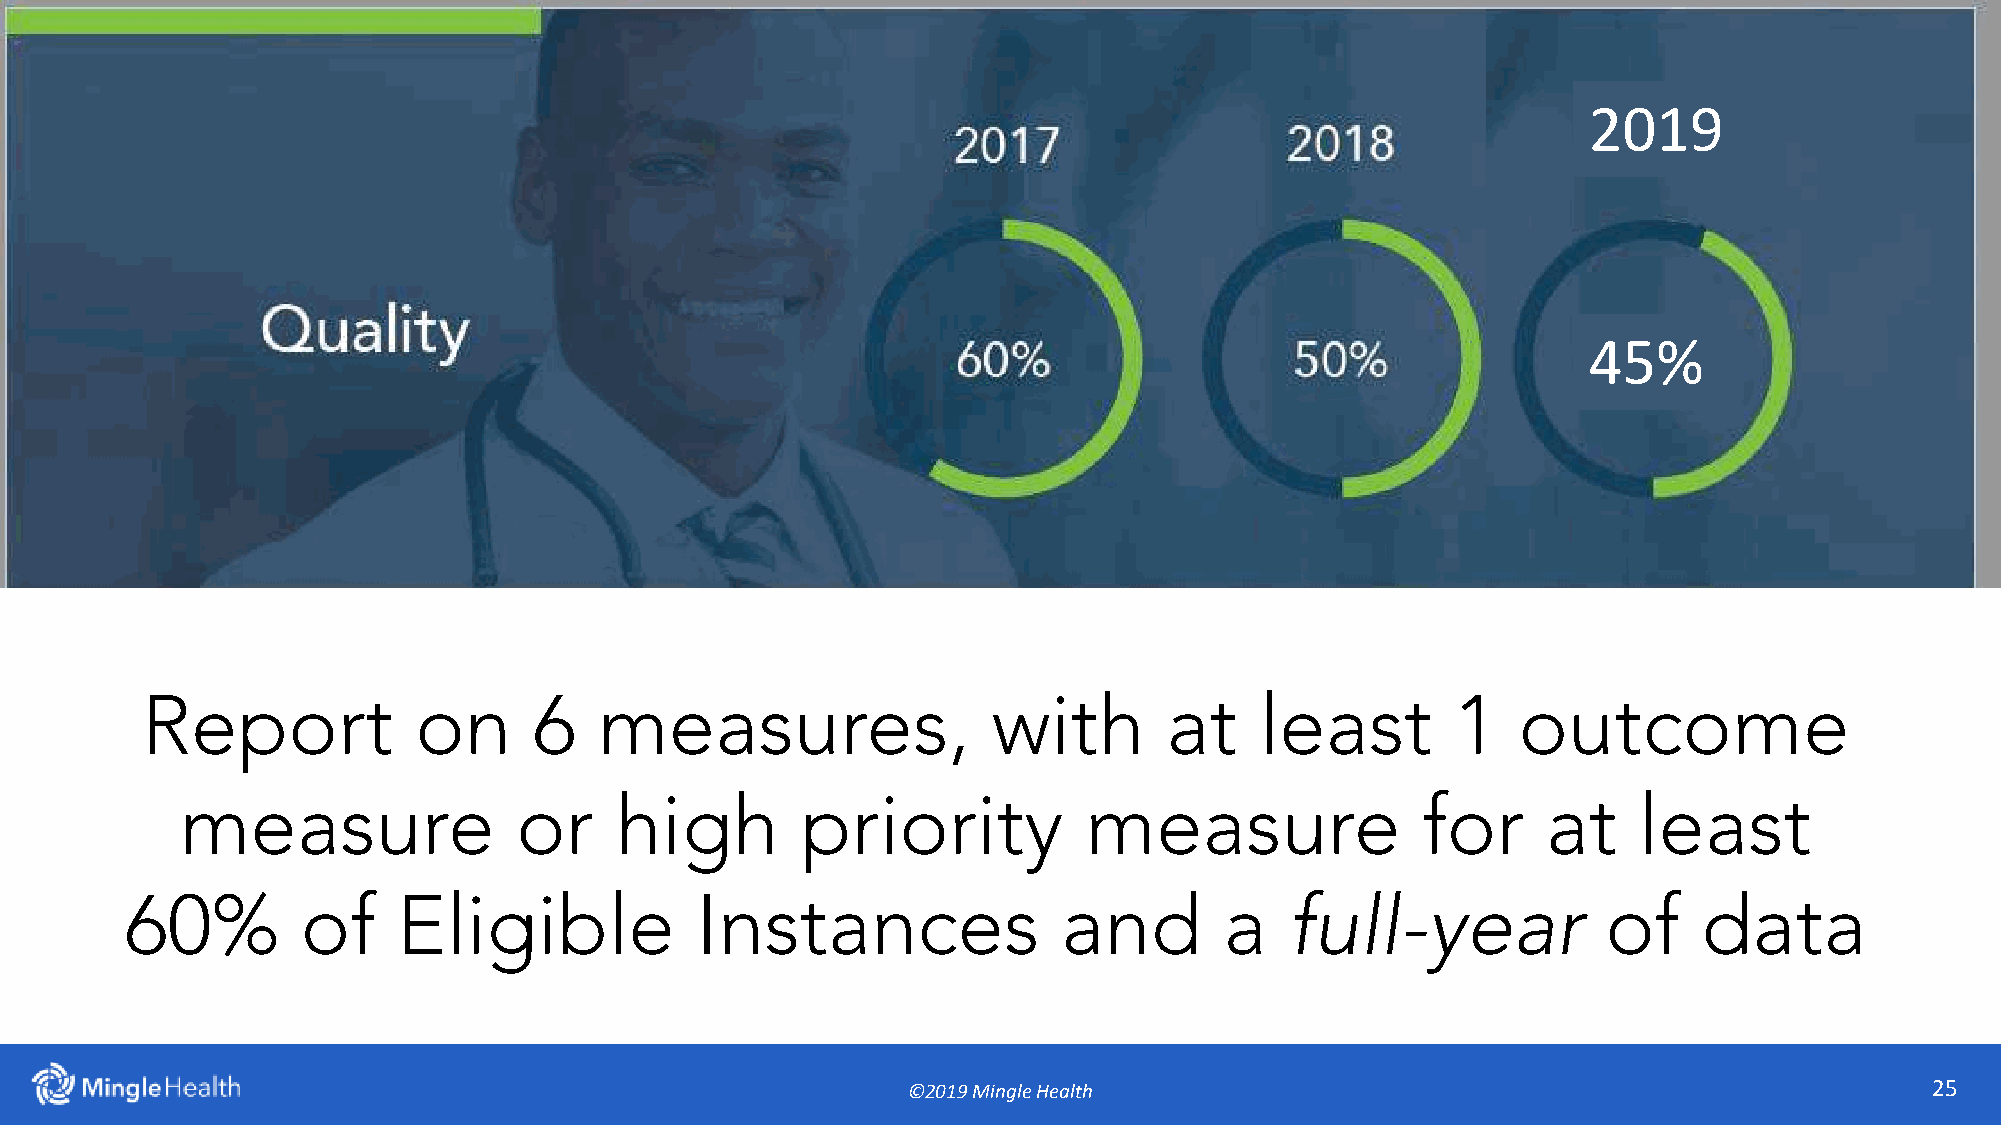
©252018 Mingle Analytics
 2019
 45%
 Report            on      6    measures,                 with       at    least        1   outcome
 measure               or     high        priority           measure               for     at    least
 60%         of    Eligible            Instances               and        a   full-year            of     data
 ©2019 Mingle Health                                                 25